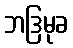
ဘဒြမုခ